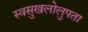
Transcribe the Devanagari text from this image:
स्वसुखलोलुपता